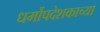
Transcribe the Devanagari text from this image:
धर्मोपदेशकाच्या